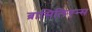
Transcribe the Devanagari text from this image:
ब्रासिलिएन्स